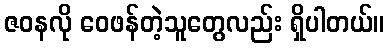
ဇဝနလို ဝေဖန်တဲ့သူတွေလည်း ရှိပါတယ်။